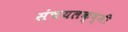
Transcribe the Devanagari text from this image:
संचयलक्ष्मी